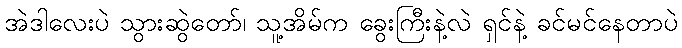
အဲဒါလေးပဲ သွားဆွဲတော်၊ သူ့အိမ်က ခွေးကြီးနဲ့လဲ ရှင်နဲ့ ခင်မင်နေတာပဲ